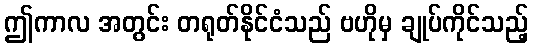
ဤကာလ အတွင်း တရုတ်နိုင်ငံသည် ဗဟိုမှ ချုပ်ကိုင်သည့်